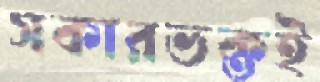
সকারভক্তই